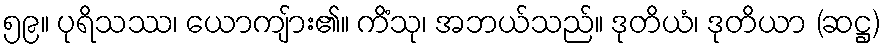
၅၉။ ပုရိသဿ၊ ယောကျ်ား၏။ ကိံသု၊ အဘယ်သည်။ ဒုတိယံ၊ ဒုတိယာ (ဆဋ္ဌ)